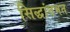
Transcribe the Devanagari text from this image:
सिद्धांतभत